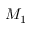
M _ { 1 }